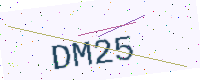
Text: DM25